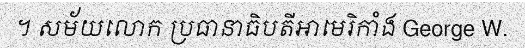
។ សម័យលោក ប្រធានាធិបតីអាមេរិកាំង George W.